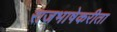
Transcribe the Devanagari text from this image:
राजभाषेकरीता